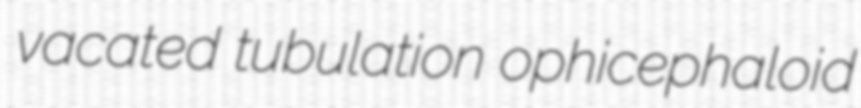
vacated tubulation ophicephaloid